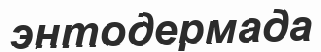
энтодермада